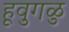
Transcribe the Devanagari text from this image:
हूवुगळु